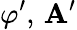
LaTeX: \varphi^{\prime},\, {\mathbf A}^{\prime}